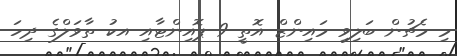
މި މެޗުން ބަލިވި މައިންޒް އޮތީ 9 ޕޮއިންޓާއި އކު ތާވަލްގެ ދިހަ